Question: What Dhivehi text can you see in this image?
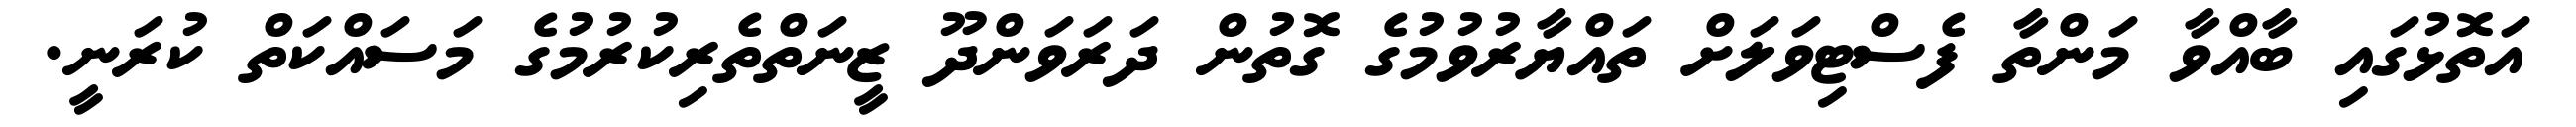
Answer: އަތޮޅުގައި ބާއްވާ މަންތާ ފެސްޓިވަލަށް ތައްޔާރުވުމުގެ ގޮތުން ދަރަވަންދޫ ޒީނަތްތެރިކުރުމުގެ މަސައްކަތް ކުރަނީ.